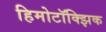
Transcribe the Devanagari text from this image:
हिमोटॉक्झिक